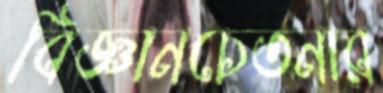
বিজ্ঞানচেতনার